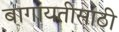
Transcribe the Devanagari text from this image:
बागायतीसाठी